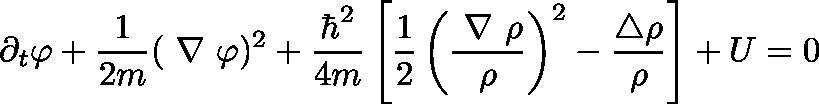
\partial _ { t } \varphi + \frac { 1 } { 2 m } ( { \mathrm { \boldmath ~ \nabla ~ } } \varphi ) ^ { 2 } + \frac { \hbar ^ { 2 } } { 4 m } \left[ \frac { 1 } { 2 } \left( \frac { { \mathrm { \boldmath ~ \nabla ~ } } \rho } { \rho } \right) ^ { 2 } - \frac { \triangle \rho } { \rho } \right] + U = 0